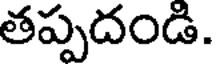
తప్పదండి.